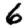
Digit: 6